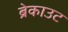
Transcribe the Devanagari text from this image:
ब्रेकाउट